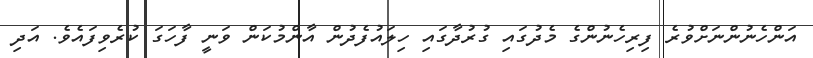
އަންހެނުންނަށްވުރެ ފިރިހެނުންގެ މެދުގައި ގުރުދާގައި ހިލައުފެދުން އާންމުކަން ވަނީ ފާހަގަ ކުރެވިފައެވެ. އަދި